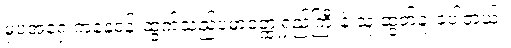
မှပဲအရှေ့ကနေဝန်းထွက်သည့်ပမာဝတ္ထုရှည်ကြီးနဲ့ သူ ဆွတ်ခူးခဲ့ပါတယ်။